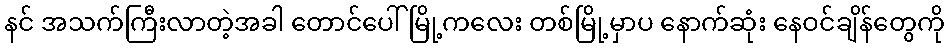
နင် အသက်ကြီးလာတဲ့အခါ တောင်ပေါ်မြို့ကလေး တစ်မြို့မှာပ နောက်ဆုံး နေဝင်ချိန်တွေကို